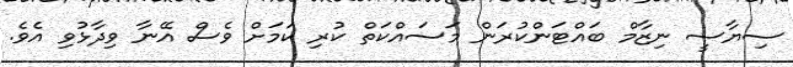
ސިޔާސީ ނިޒާމް ބައްޓަންކުރަން މަސައްކަތް ކުރި ކަމަށް ވެސް އޭނާ ވިދާޅުވި އެވެ.